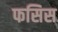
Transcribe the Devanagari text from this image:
फसिस